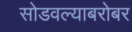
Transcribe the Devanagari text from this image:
सोडवल्याबरोबर